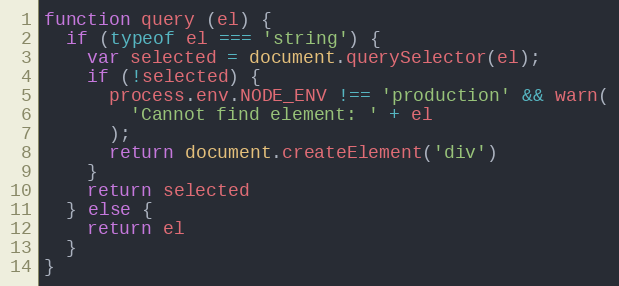
Language: JavaScript
function query (el) {
  if (typeof el === 'string') {
    var selected = document.querySelector(el);
    if (!selected) {
      process.env.NODE_ENV !== 'production' && warn(
        'Cannot find element: ' + el
      );
      return document.createElement('div')
    }
    return selected
  } else {
    return el
  }
}